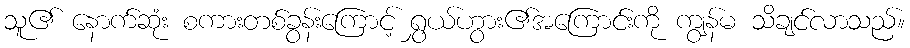
သူ၏ နောက်ဆုံး စကားတစ်ခွန်းကြောင့် ရွှယ်ဟွား၏အကြောင်းကို ကျွန်မ သိချင်လာသည်။